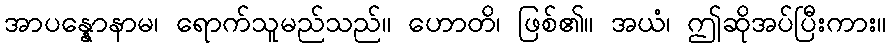
အာပန္နောနာမ၊ ရောက်သူမည်သည်။ ဟောတိ၊ ဖြစ်၏။ အယံ၊ ဤဆိုအပ်ပြီးကား။